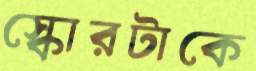
স্কোরটাকে